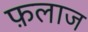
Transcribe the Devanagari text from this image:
फ़लाज